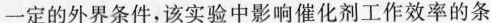
一定的外界条件，该实验中影响催化剂工作效率的条